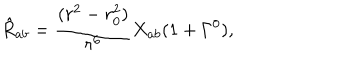
\hat { R } _ { a b } = \frac { ( r ^ { 2 } - r _ { 0 } ^ { 2 } ) } { r ^ { 6 } } X _ { a b } ( 1 + \Gamma ^ { 0 } ) ,